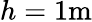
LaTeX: h=\mathrm{1m}